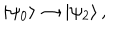
LaTeX: | \psi _ { 0 } \rangle \rightarrow | \psi _ { 2 } \rangle \, ,